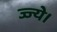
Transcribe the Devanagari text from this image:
ज्ज्ये।